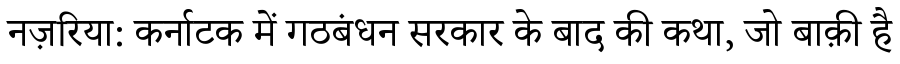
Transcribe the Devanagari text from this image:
नज़रिया: कर्नाटक में गठबंधन सरकार के बाद की कथा, जो बाक़ी है